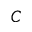
C